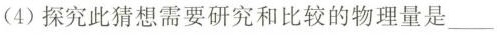
(4)探究此猜想需要研究和比较的物理量是 ___